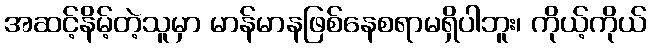
အဆင့်နိမ့်တဲ့သူမှာ မာန်မာနဖြစ်နေစရာမရှိပါဘူး၊ ကိုယ့်ကိုယ်